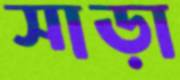
সাড়া